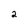
Character: 2